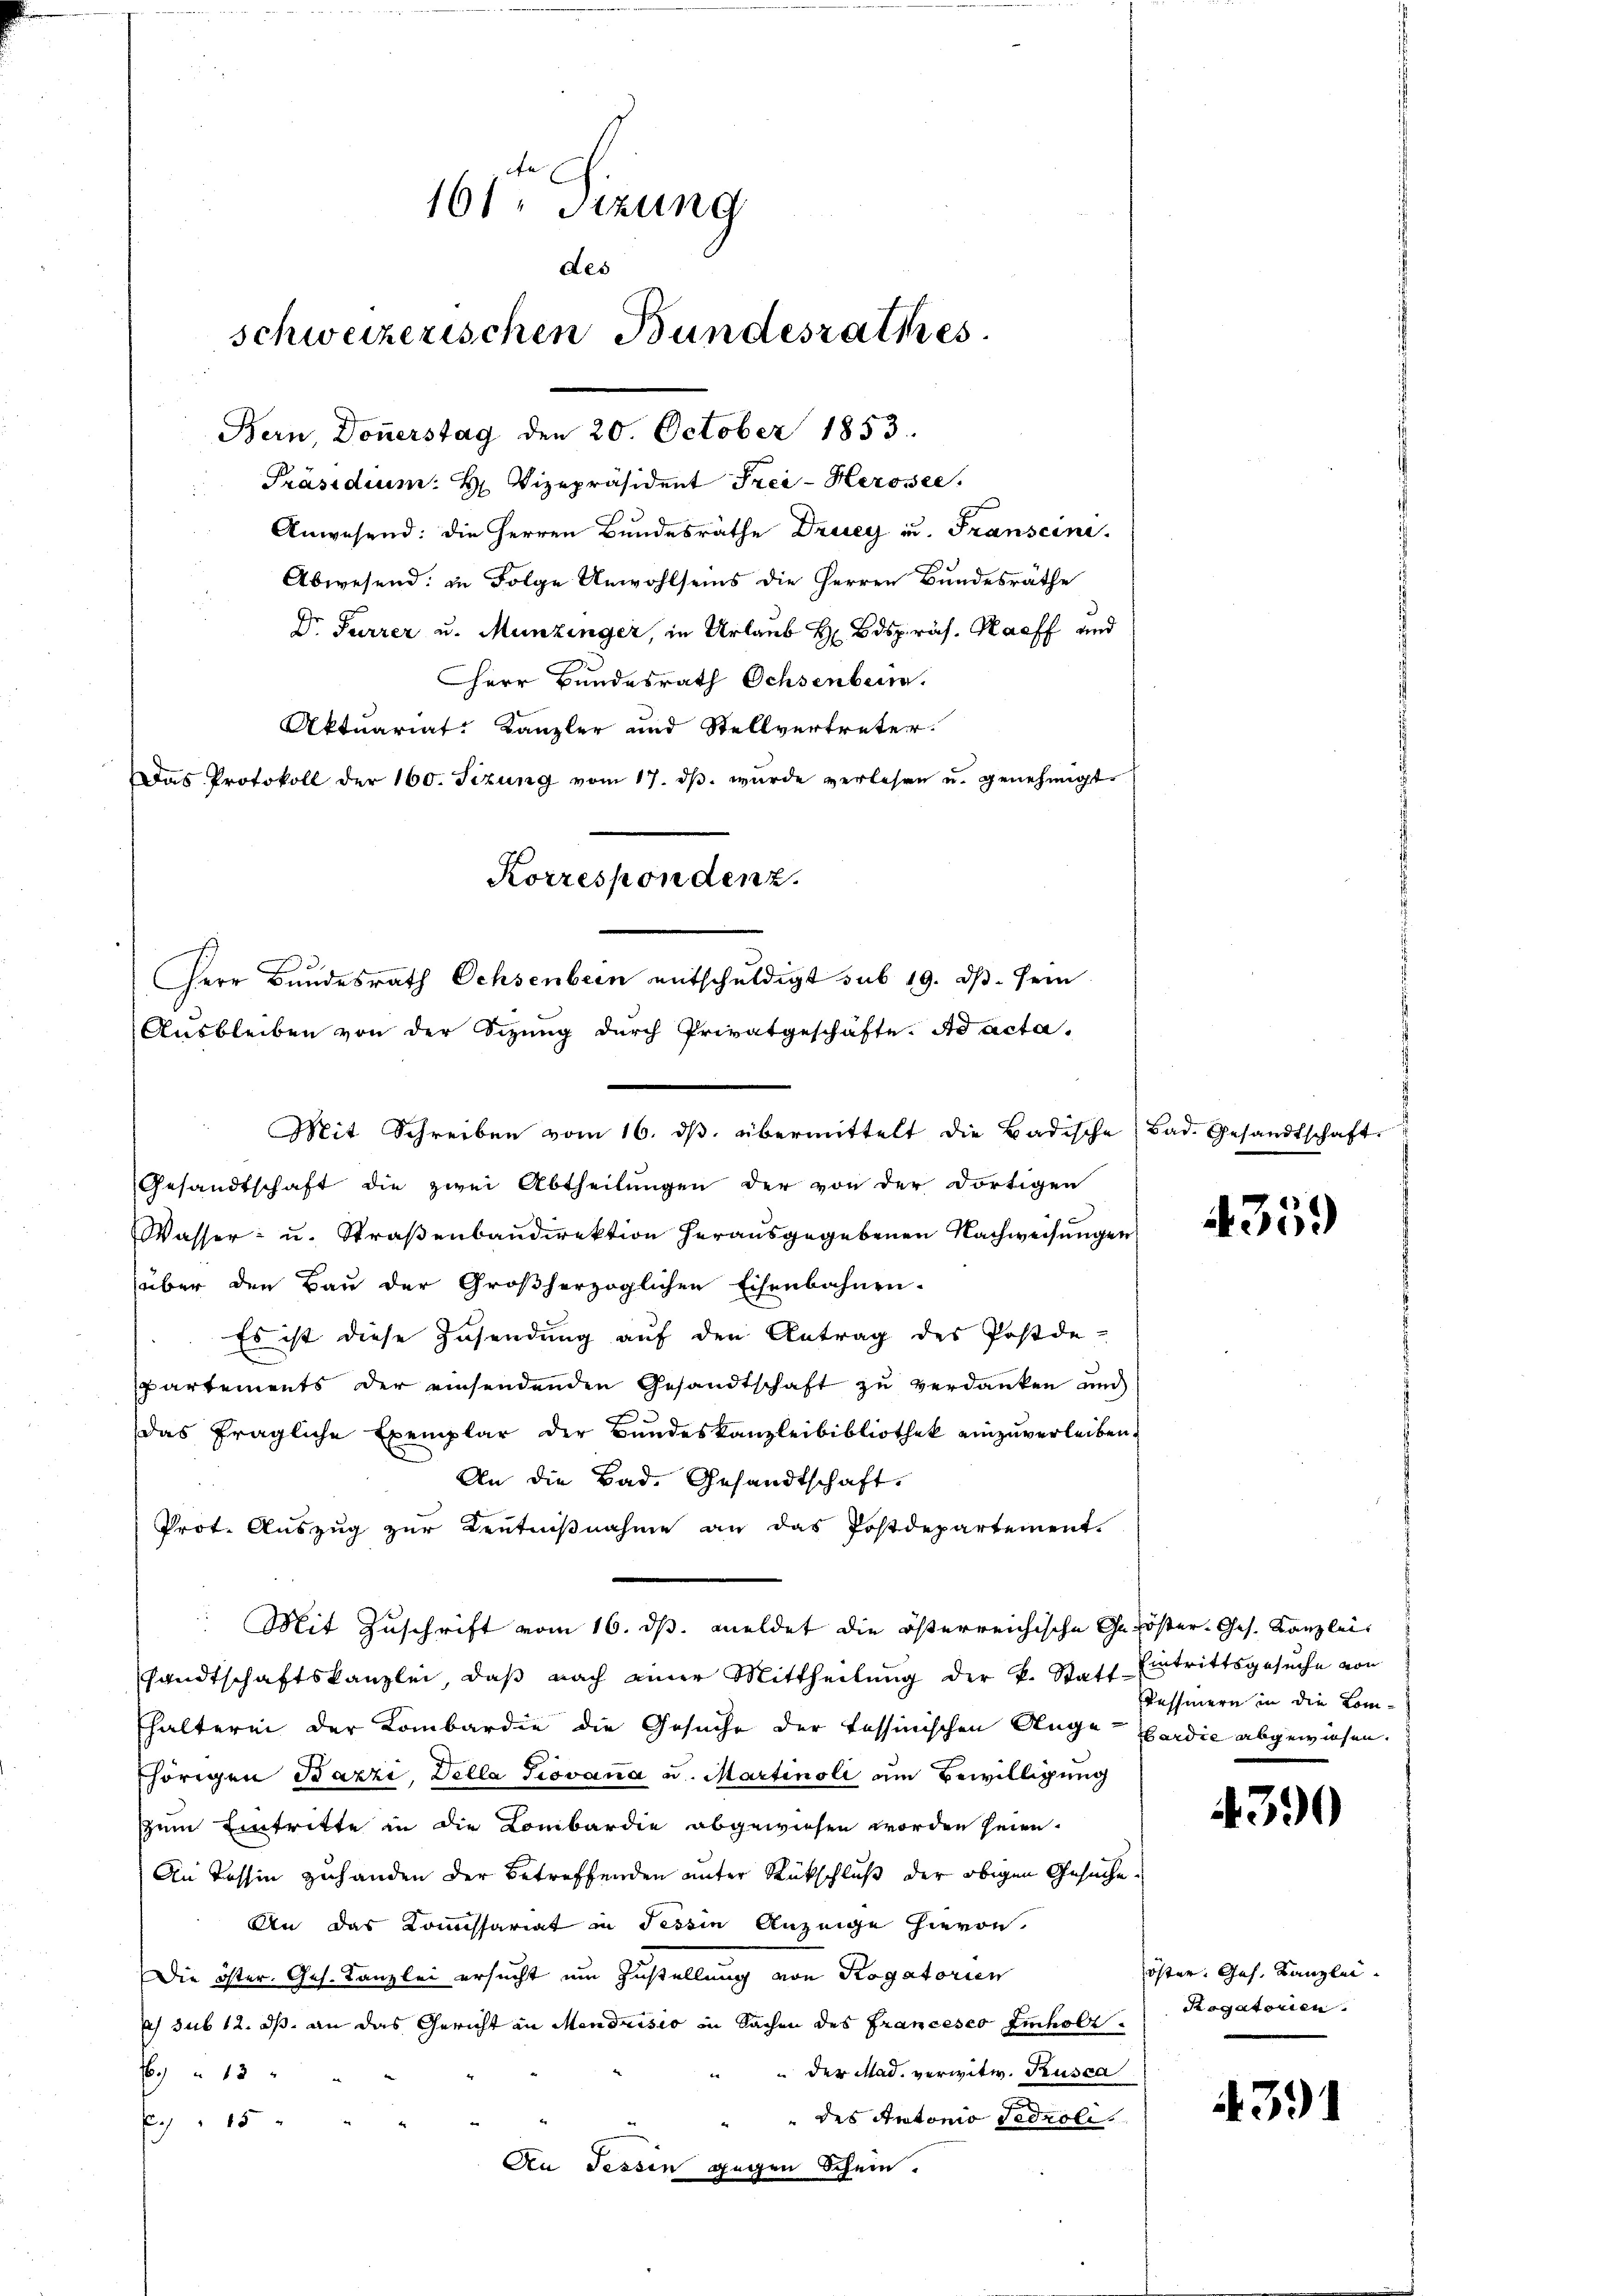
161 Sizung
des
schweizerischen Bundesrathes
Bern, Doṅerstag den 20. October 1853.

Herr Bundesrath Ochsenbern entschuldigt sub 19. dβ. sein
Ausbleiben von der Sitzung durch Privatgeschäfte. Ad acta¬
Mit Schreiben vom 16. dβ übermittelt die Badische Bad. Gesandtschaft

Anwesend: die Herren Bundesräthe Druey u. Franscini
Abwesend: in Folge Anwohlseins die Herren Bundesräthe
Dr Furrer u. Munzinger, in Urlaub H Bdspräs. Harff und
Herr Bundesrath Ochsenbern.
Aktuariat. Kanzler und Stellvertreter.
Das Protokoll der 160. Sizung vom 17. dβ. wurde verlesen u. genehmigt.
Korrespondenz.

Präsidium H. Vizepräsident Frei- Herosee,

Gesandtschaft die zwei Abtheilungen der von der dortigen
Wasser u. Straßenbaudirektion herausgegebenen Nachweisungen
über den Bau der Großherzoglichen Eisenbahnen-
Es ist diese Zusendung auf den Antrag des Postde-
partements der einsendenden Gesandtschaft zu verdanken und
das fragliche Exemplar der Bŭndeskanzleibibliothek einzŭverleiben.
An die Bad. Gesandtschaft.
Prot. Auszug zur Kentnißnahme an das Postdepartement.
Mit Zuschrift vom 16. ds. meldet die österreichische Getöster-Ges. Kanzlei
sandtschaftskanzlei, daβ nach einer Mittheilŭng der k. Statt Eintrittsgesŭche von
fhalterei der Lombardie die Gesuche der tessinischen Ange-Gardie abgewiesen.
hörigen Bazzi, Della Giovana u. Martinoli um Bewilligung
Zum Eintritte in die Lombardie abgewiesen worden seien.
An Tessin zuhanden der Betreffenden unter Rückschluß der obigen Gesuche
An das Kommissariat in Tessin Anzeige hievon.
Die öster Ges. Kanzlei ersucht um Zustellung von Rogatorier
ds sub 12. ds. an das Gericht in Mendrisio in Sachen des Francesco Einholz.
 der Mad. verwitw. Rusca
 “ 13
des Antonio Fedroli
P 15
An Tessin gegen Schein.

4359

Ressinern in die Lom¬

4399

öster. Ges. Kanzlei.
Rogatorien.

4391